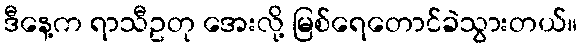
ဒီနေ့က ရာသီဥတု အေးလို့ မြစ်ရေတောင်ခဲသွားတယ်။